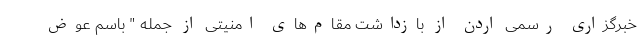
خبرگزاری رسمی اردن از بازداشت مقام‌های امنیتی از جمله " باسم عوض